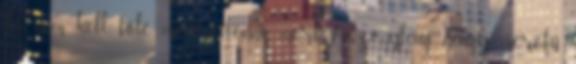
de nem kell tőle megrettenni, mert viszonylag nagy méretű